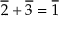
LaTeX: { \overline { { 2 } } } + { \overline { { 3 } } } = { \overline { { 1 } } }